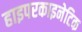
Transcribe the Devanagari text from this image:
हाइपरकाइनेटिक